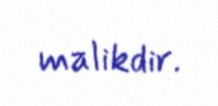
malikdir.